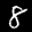
Label: 8